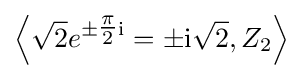
\left\langle {\sqrt {2}}e^{\pm {\tfrac {\pi }{2}}\mathrm {i} }=\pm \mathrm {i} {\sqrt {2}},Z_{2}\right\rangle